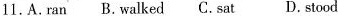
11.A.ran B.walked C.sat D.stood